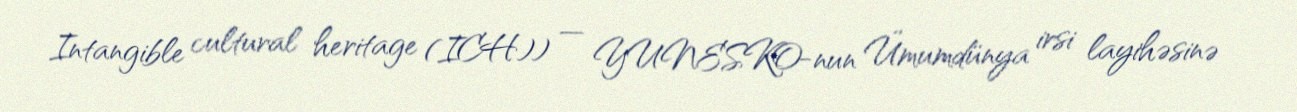
Intangible cultural heritage (ICH)) — YUNESKO-nun Ümumdünya irsi layihəsinə